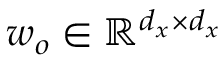
w _ { o } \in \mathbb { R } ^ { d _ { x } \times d _ { x } }